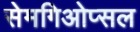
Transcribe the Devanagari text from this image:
सेमगिओप्सल